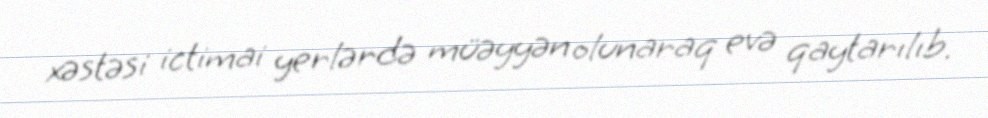
xəstəsi ictimai yerlərdə müəyyən olunaraq evə qaytarılıb.